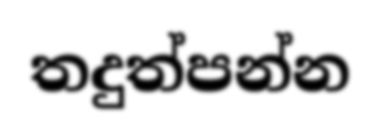
තදුත්පන්න